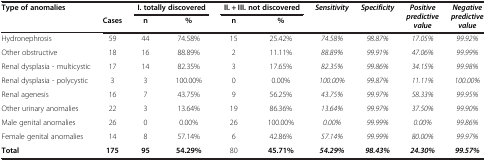
| Type of anomalies |  | <COLSPAN=2> I. totally discovered | <COLSPAN=2> II. + III. not discovered | Sensitivity | Specificity | <ROWSPAN=2> Positive predictive value | <ROWSPAN=2> Negative predictive value |
 |  | Cases | n | % | n | % |  |  |
 | --- | --- | --- | --- | --- | --- | --- | --- | --- | --- |
 | Hydronephrosis | 59 | 44 | 74.58% | 15 | 25.42% | 74.58% | 98.87% | 17.05% | 99.92% |
 | Other obstructive | 18 | 16 | 88.89% | 2 | 11.11% | 88.89% | 99.91% | 47.06% | 99.99% |
 | Renal dysplasia - multicystic | 17 | 14 | 82.35% | 3 | 17.65% | 82.35% | 99.86% | 34.15% | 99.98% |
 | Renal dysplasia - polycystic | 3 | 3 | 100.00% | 0 | 0.00% | 100.00% | 99.87% | 11.11% | 100.00% |
 | Renal agenesis | 16 | 7 | 43.75% | 9 | 56.25% | 43.75% | 99.97% | 58.33% | 99.95% |
 | Other urinary anomalies | 22 | 3 | 13.64% | 19 | 86.36% | 13.64% | 99.97% | 37.50% | 99.90% |
 | Male genital anomalies | 26 | 0 | 0.00% | 26 | 100.00% | 0.00% | 99.99% | 0.00% | 99.86% |
 | Female genital anomalies | 14 | 8 | 57.14% | 6 | 42.86% | 57.14% | 99.99% | 80.00% | 99.97% |
 | Total | 175 | 95 | 54.29% | 80 | 45.71% | 54.29% | 98.43% | 24.30% | 99.57% |